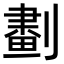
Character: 𠟱